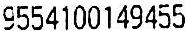
9554100149455